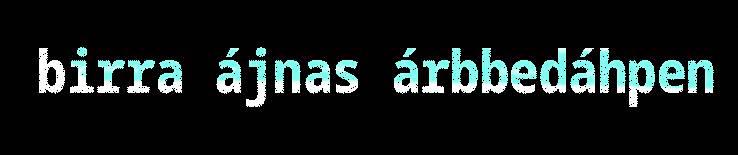
birra ájnas árbbedáhpen